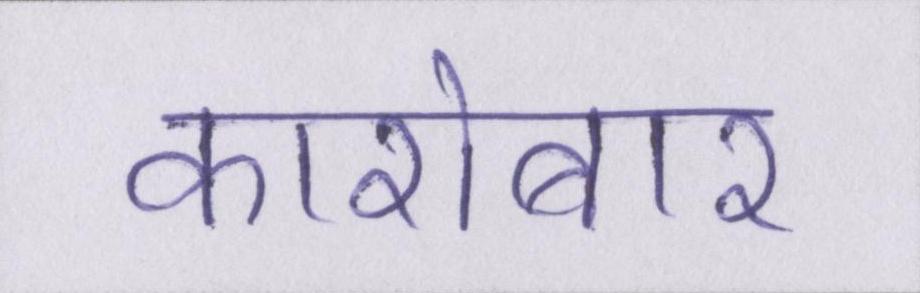
कारोबार